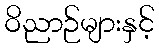
ဝိညာဉ်များနှင့်